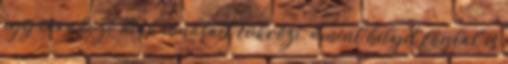
egy várakozó diák vonásait tükrözi, amint helyet foglal és